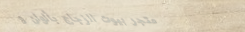
متجر بيوت الزجاج بألوان و